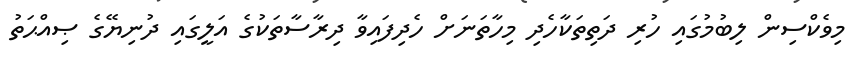
މިވެކްސިން ލިބުމުގައި ހުރި ދަތިތަކާހެދި މިހާތަނަށް ހެދިފައިވާ ދިރާސާތަކުގެ އަލީގައި ދުނިޔޭގެ ޞިއްޙަތު